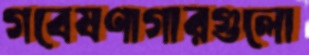
গবেষণাগারগুলো